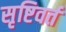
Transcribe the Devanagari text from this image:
सृष्टिवर्त